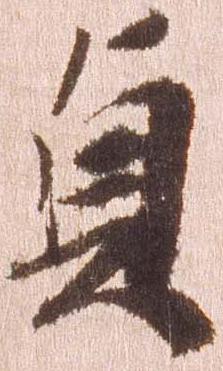
貞